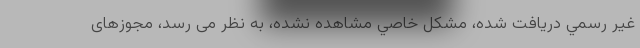
غير رسمي دريافت شده، مشکل خاصي مشاهده نشده، به نظر می رسد، مجوزهای